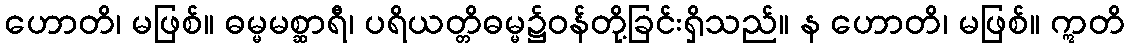
ဟောတိ၊ မဖြစ်။ ဓမ္မမစ္ဆာရီ၊ ပရိယတ္တိဓမ္မ၌ဝန်တို့ခြင်းရှိသည်။ န ဟောတိ၊ မဖြစ်။ ဣတိ